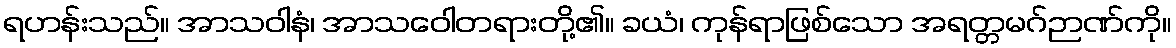
ရဟန်းသည်။ အာသဝါနံ၊ အာသဝေါတရားတို့၏။ ခယံ၊ ကုန်ရာဖြစ်သော အရတ္တမဂ်ဉာဏ်ကို။